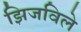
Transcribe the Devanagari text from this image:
झिजविले